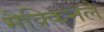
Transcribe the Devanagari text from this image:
मैक्किनले